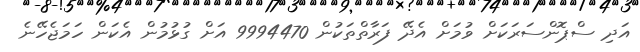
އަދި ސްޕޮންސަރަކަށް ވުމަށް އެދޭ ފަރާތްތަކުން 9994470 އަށް ގުޅުމުން އެކަން ހަމަޖެހޭނެ